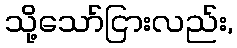
သို့သော်ငြားလည်း,